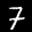
Label: 7